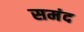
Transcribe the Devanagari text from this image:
समंद